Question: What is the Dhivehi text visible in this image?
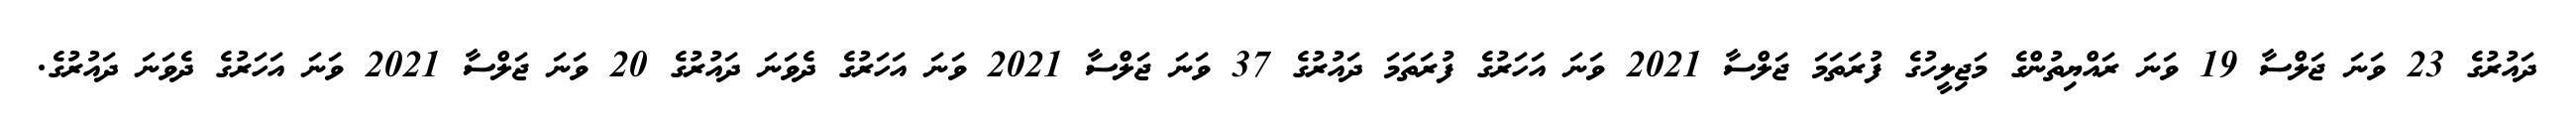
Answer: ދައުރުގެ 23 ވަނަ ޖަލްސާ 19 ވަނަ ރައްޔިތުންގެ މަޖިލީހުގެ ފުރަތަމަ ޖަލްސާ 2021 ވަނަ އަހަރުގެ ފުރަތަމަ ދައުރުގެ 37 ވަނަ ޖަލްސާ 2021 ވަނަ އަހަރުގެ ދެވަނަ ދައުރުގެ 20 ވަނަ ޖަލްސާ 2021 ވަނަ އަހަރުގެ ދެވަނަ ދައުރުގެ.